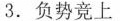
3.负势竞上